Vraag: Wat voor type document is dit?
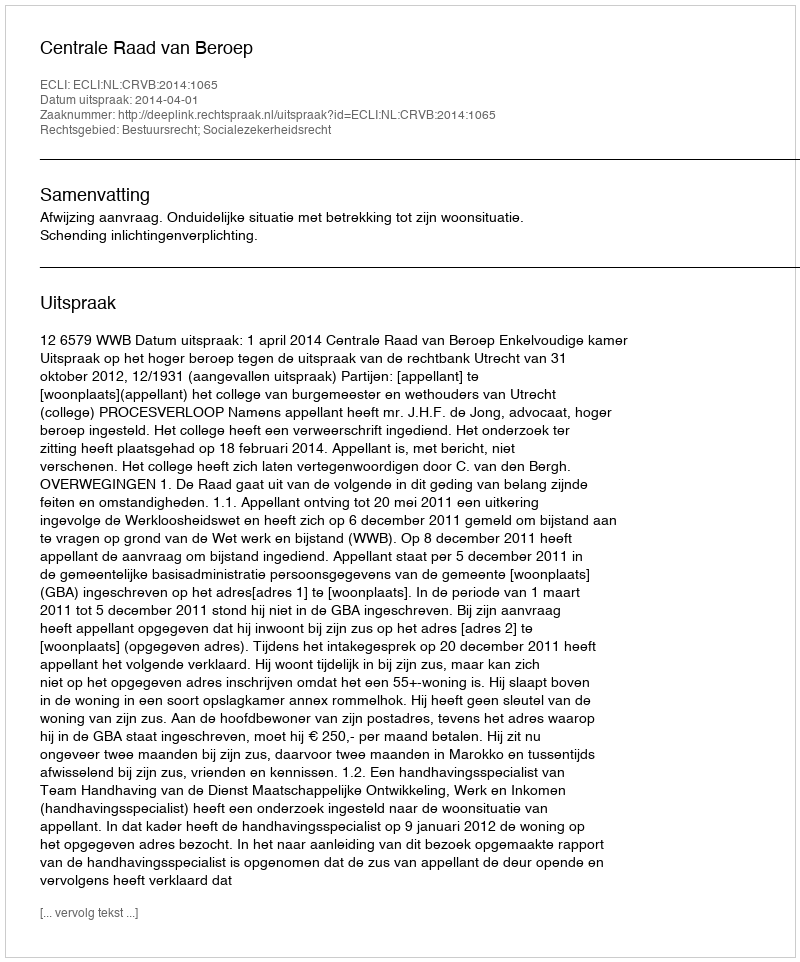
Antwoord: Uitspraak